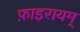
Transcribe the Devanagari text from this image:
फ़ाइरायम्